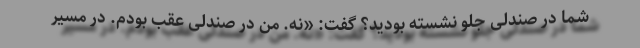
شما در صندلی جلو نشسته بودید؟ گفت: «نه. من در صندلی عقب بودم. در مسیر